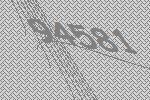
94581